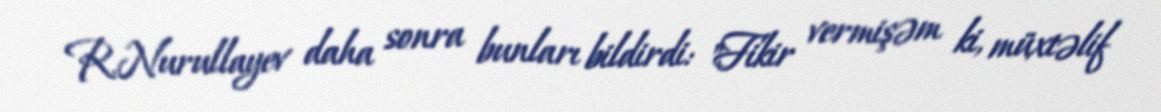
R.Nurullayev daha sonra bunları bildirdi: "Fikir vermişəm ki, müxtəlif